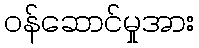
ဝန်ဆောင်မှုအား